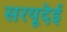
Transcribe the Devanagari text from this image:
सरयूदेई